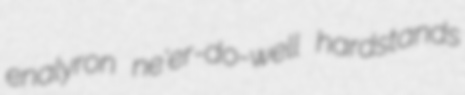
enalyron ne'er-do-well hardstands